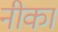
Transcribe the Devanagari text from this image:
नीका